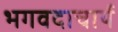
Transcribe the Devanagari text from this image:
भगवदाचार्य